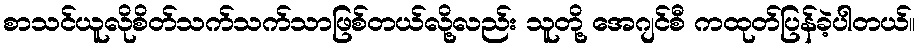
စာသင်ယူလိုစိတ်သက်သက်သာဖြစ်တယ်လို့လည်း သူတို့ အေဂျင်စီ ကထုတ်ပြန်ခဲ့ပါတယ်။